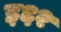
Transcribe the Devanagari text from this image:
इ६२